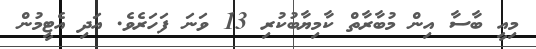
މިއީ ބާސާ އިން މުބާރާތް ކާމިޔާބުކުރި 13 ވަނަ ފަހަރެވެ. އަދި އެޓީމުން